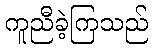
ကူညီခဲ့ကြသည်